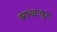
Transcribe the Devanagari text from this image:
क्यच्वाकृत